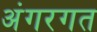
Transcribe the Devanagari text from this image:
अंगरगत